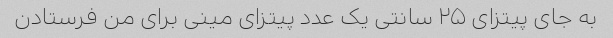
به جای پیتزای ۲۵ سانتی یک عدد پیتزای مینی برای من فرستادن